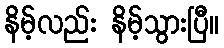
နိမ့်လည်း နိမ့်သွားပြီ။